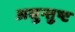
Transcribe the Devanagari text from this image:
असुन्तुष्ट